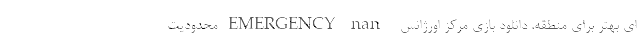
ای بهتر برای منطقه. دانلود بازی مرکز اورژانس - EMERGENCY nan محدودیت